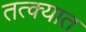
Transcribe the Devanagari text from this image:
तत्क्यात